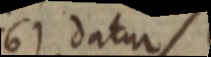
6) datur